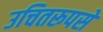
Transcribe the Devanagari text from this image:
उचितरूपसे